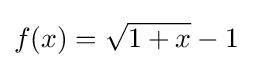
f(x)={\sqrt {1+x}}-1